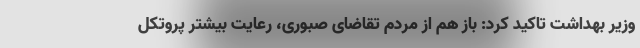
وزیر بهداشت تاکید کرد: باز هم از مردم تقاضای صبوری، رعایت بیشتر پروتکل